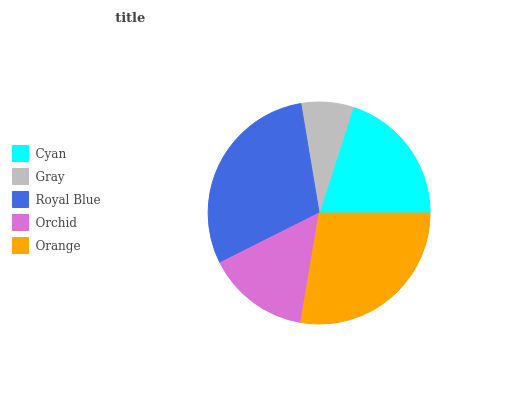
| Cyan | Gray | Royal Blue | Orchid | Orange |
 | --- | --- | --- | --- | --- |
 | 20% | 7.6% | 29.7% | 14.9% | 27.7% |